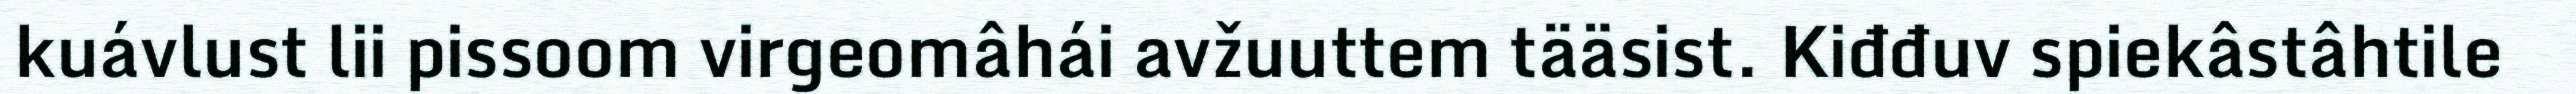
kuávlust lii pissoom virgeomâhái avžuuttem tääsist. Kiđđuv spiekâstâhtile